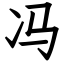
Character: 冯